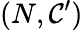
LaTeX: (N,\mathcal{C}^{\prime})